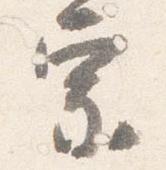
宗